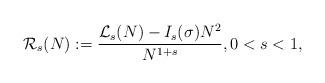
LaTeX: \begin{align*}\mathcal{R}_{s}(N):=\frac{\mathcal{L}_{s}(N)-I_{s}(\sigma) N^{2}}{N^{1+s}},0<s<1,\end{align*}